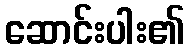
ဆောင်းပါး၏